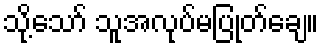
သို့သော် သူအလုပ်မပြုတ်ချေ။